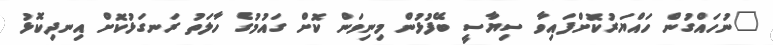
"ނުހައްގުން ހައްޔަރުކޮށްފައިވާ ސިޔާސީ ބޭފުޅުން މިނިވަން ކޮށް ގައުމުގެ ހާލަތު ރަނގަޅުކޮށް އިނދިކޮޅު